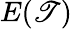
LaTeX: E(\mathscr{T})